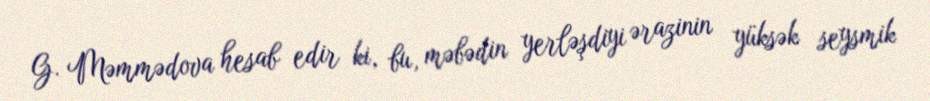
G. Məmmədova hesab edir ki, bu, məbədin yerləşdiyi ərazinin yüksək seysmik